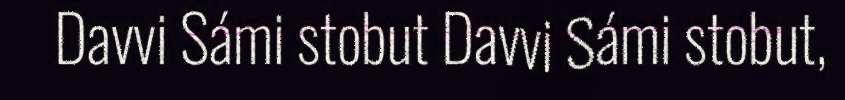
Davvi Sámi stobut Davvi Sámi stobut,